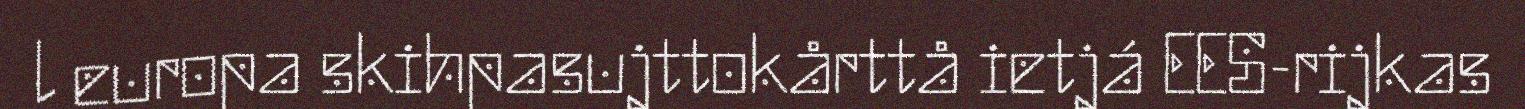
l europa skihpasujttokårttå ietjá EES-rijkas